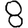
Digit: 8